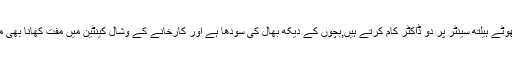
ایک چھوٹے ہیلتھ سینٹر پر دو ڈاکٹر کام کرتے ہیں,بچوں کے دیکھ بھال کی سودھا ہے اور کارخانے کے وشال کینٹین میں مفت کھانا بھی ملتا ہے۔